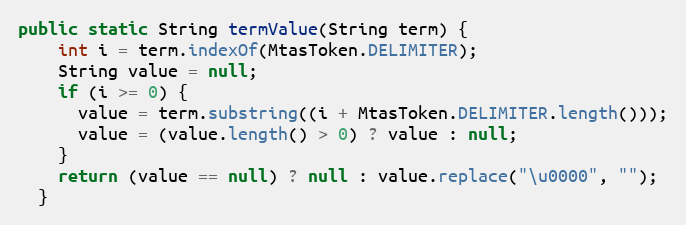
Language: Java
public static String termValue(String term) {
    int i = term.indexOf(MtasToken.DELIMITER);
    String value = null;
    if (i >= 0) {
      value = term.substring((i + MtasToken.DELIMITER.length()));
      value = (value.length() > 0) ? value : null;
    }
    return (value == null) ? null : value.replace("\u0000", "");
  }